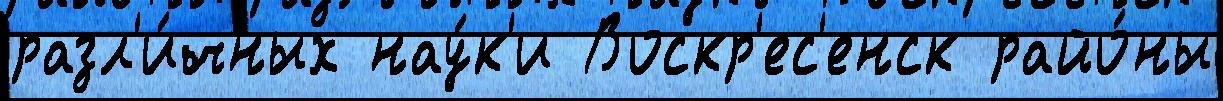
разл'и́чных нау́к'и Воскр'ес'енск райо́ны